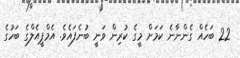
22 ބަހެއް ގެންނާނެ ކަމަށް މީގެ ކުރިން ވަނީ ބުނެފައެވެ. އެމްޕީއެލްގެ ބަހުގެ